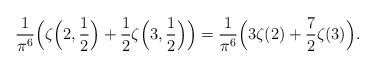
LaTeX: \begin{align*} \frac{1}{\pi^6}\Big(\zeta\Big(2,\frac{1}{2}\Big)+\frac{1}{2}\zeta\Big(3,\frac{1}{2}\Big)\Big) = \frac{1}{\pi^6}\Big(3\zeta(2)+\frac{7}{2}\zeta(3)\Big). \end{align*}